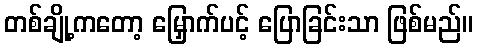
တစ်ချို့ကတော့ မြှောက်ပင့် ပြောခြင်းသာ ဖြစ်မည်။